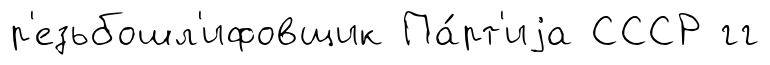
р'езьбошл'ифовщик Па́рт'иjа СССР гг